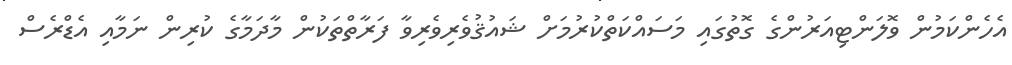
އެހެންކަމުން ވޮލަންޓިއަރުންގެ ގޮތުގައި މަސައްކަތްކުރުމަށް ޝައުޤުވެރިވެރިވާ ފަރާތްްތަކުން މާދަމާގެ ކުރިން ނަމާއި އެޑްރެސް